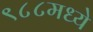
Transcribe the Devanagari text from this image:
९८८मध्ये